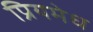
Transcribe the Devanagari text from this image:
प्रियमेध